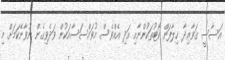
އަސާސީ ޤަވާޢިދާ ޚިލާފަށް ކޯޓުތަކުންނާއި އަދި އެއްވެސް މުވައްސަސާއަކުން ވަދެވިގެން ނުވާނޭކަމަށް މި